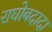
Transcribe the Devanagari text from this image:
राघोबदादा